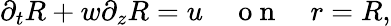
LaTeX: \partial_{{t}}R+{w}\partial_{z}R={u}\quad\mathrm{~o~n~}\quad r=R,